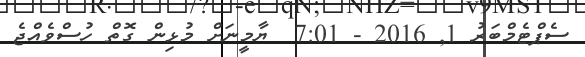
ސެޕްޓެމްބަރު 1